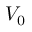
{ \cal V } _ { 0 }